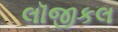
લૉજીકલ